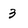
Character: 3